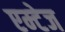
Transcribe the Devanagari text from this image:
एम्टेज